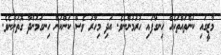
މާޒީގައި ކަންތައްތަކެއް ހިނގާފައި ހުރުމުންނެވެ. އަދި މިހާރު ވެސް ކަންކަން ހިނގަމުންދާ ގޮތުންނެވެ.